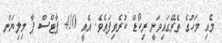
މެއި މަހުގެ ތެރޭގައިވަނީ ރިކޯޑް ކުރެވިފައެވެ. އެއީ 410 ޕާޓްސް ޕާ މިލިޔަން